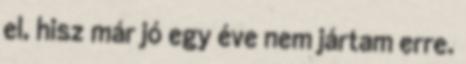
el, hisz már jó egy éve nem jártam erre.